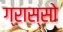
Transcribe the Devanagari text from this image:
ग्रास्सो